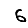
Digit: 6